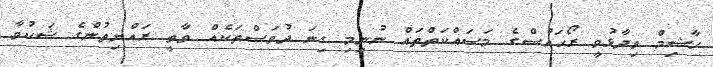
ހާޝިމް ވިދާޅުވީ ރޯހައުސްގެ މަސައްކަތްތައް ނުނިމި ގިނަ ދުވަސްތަކެއް ވާތީ ރައްޔިތުންގެ ޝަކުވާ